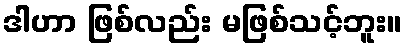
ဒါဟာ ဖြစ်လည်း မဖြစ်သင့်ဘူး။